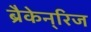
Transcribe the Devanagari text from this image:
ब्रैकेन्‌रिज